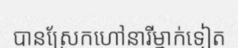
បានស្រែកហៅនារីម្នាក់ទៀត